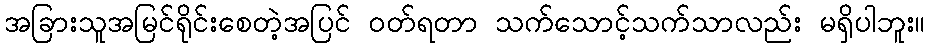
အခြားသူအမြင်ရိုင်းစေတဲ့အပြင် ဝတ်ရတာ သက်သောင့်သက်သာလည်း မရှိပါဘူး။